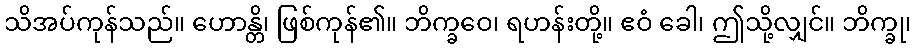
သိအပ်ကုန်သည်။ ဟောန္တိ၊ ဖြစ်ကုန်၏။ ဘိက္ခဝေ၊ ရဟန်းတို့။ ဧဝံ ခေါ၊ ဤသို့လျှင်။ ဘိက္ခု၊